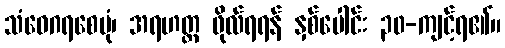
သံဝေဂရစေပုံ၊ အရဟတ္တ ဖိုလ်ရရန် နှစ်ပေါင်း ၃၀-ကျင့်ရ၏။